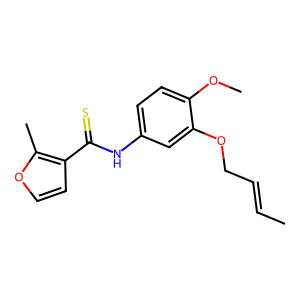
SMILES: CC=CCOc1cc(NC(=S)c2ccoc2C)ccc1OC
Inhibits HIV replication: Yes